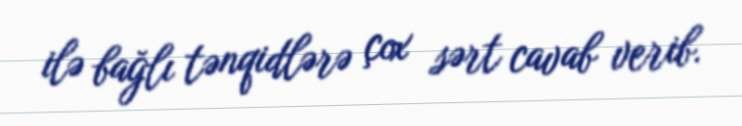
ilə bağlı tənqidlərə çox sərt cavab verib.